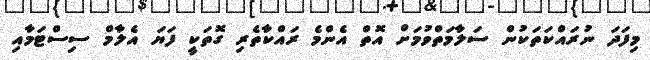
މިފަދަ ނުރައްކަތަކުން ސަލާމަތްވުމަށް އޮތް އެންމެ ރައްކާތެރި ގޮތަކީ ފަޔަ އެލާމް ސިސްޓަމާއި